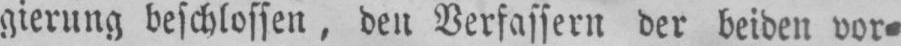
gierung beschlossen, den Verfassern der beiden vor⸗